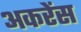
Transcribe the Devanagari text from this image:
अकरेंस